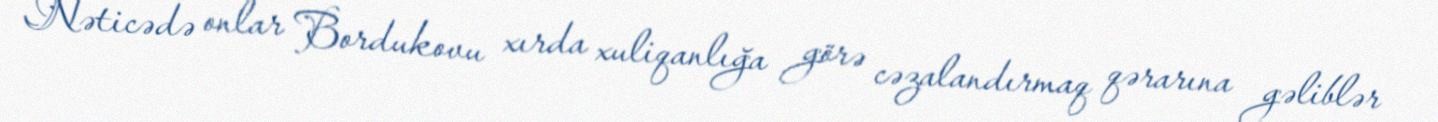
Nəticədə onlar Bordukovu xırda xuliqanlığa görə cəzalandırmaq qərarına gəliblər